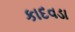
કાદવડા